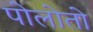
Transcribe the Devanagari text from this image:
पोलोतो